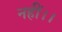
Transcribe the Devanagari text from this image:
नहीं।।